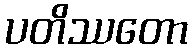
ပတိဿတော